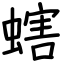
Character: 螛